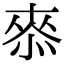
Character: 𭝠